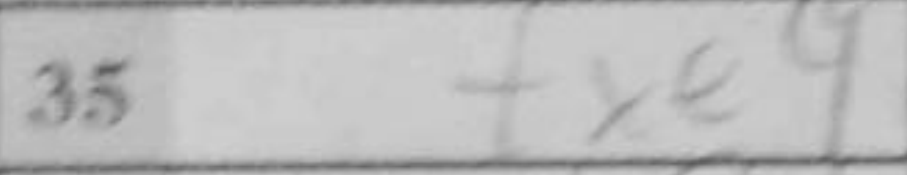
Transcription: fxe4